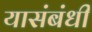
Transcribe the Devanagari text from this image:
यासंबंधीं